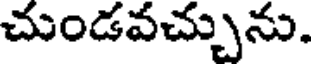
చుండవచ్చును.